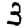
Digit: 3